Vaccination report Assam 1874-1896 - 1874-1896
Year: 1874
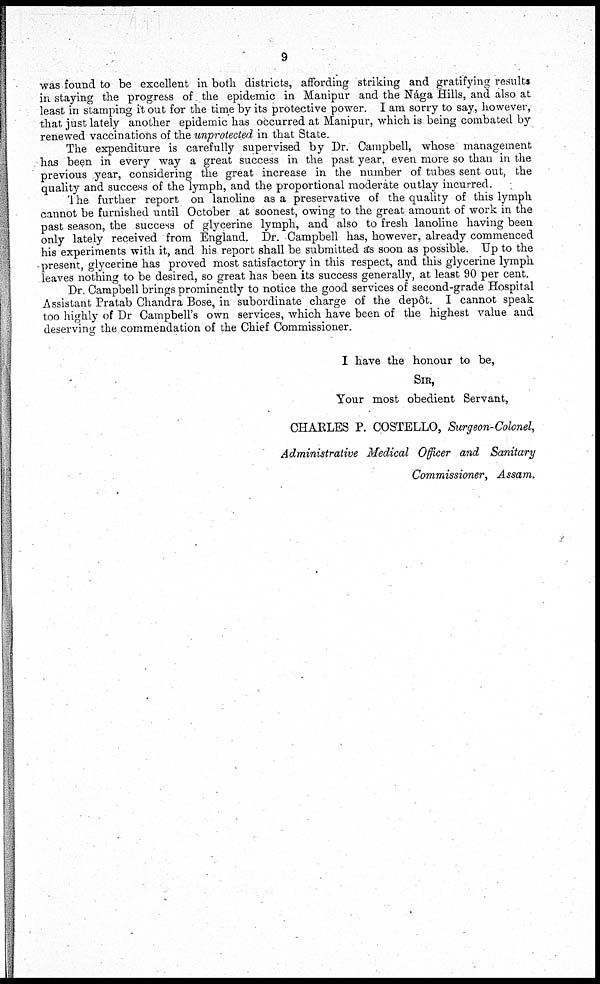
9
was found to be excellent in both districts, affording striking and gratifying results
in staying the progress of the epidemic in Manipur and the Nága Hills, and also at
least in stamping it out for the time by its protective power. I am sorry to say, however,
that just lately another epidemic has occurred at Manipur, which is being combated by
renewed vaccinations of the unprotected in that State.
The expenditure is carefully supervised by Dr. Campbell, whose management
has been in every way a great success in the past year, even more so than in the
previous year, considering the great increase in the number of tubes sent out, the
quality and success of the lymph, and the proportional moderate outlay incurred.
The further report on lanoline as a preservative of the quality of this lymph
cannot be furnished until October at soonest, owing to the great amount of work in the
past season, the success of glycerine lymph, and also to fresh lanoline having been
only lately received from England. Dr. Campbell has, however, already commenced
his experiments with it, and his report shall be submitted as soon as possible. Up to the
present, glycerine has proved most satisfactory in this respect, and this glycerine lymph
leaves nothing to be desired, so great has been its success generally, at least 90 per cent.
Dr. Campbell brings prominently to notice the good services of second-grade Hospital
Assistant Pratab Chandra Bose, in subordinate charge of the depôt. I cannot speak
too highly of Dr Campbell's own services, which have been of the highest value and
deserving the commendation of the Chief Commissioner.
I have the honour to be,
SIR,
Your most obedient Servant,
CHARLES P. COSTELLO, Surgeon-Colonel,
Administrative Medical Officer and Sanitary
Commissioner, Assam.